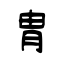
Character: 冑